Vaccination Hyderabad 1872-1889 - 1872-1889
Year: 1872
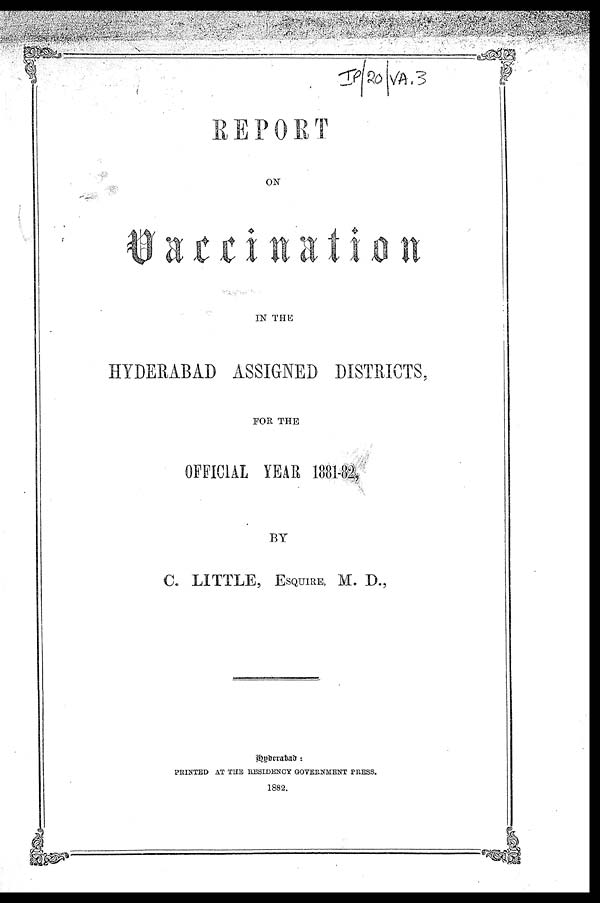
REPORT
ON
Vaccination
IN THE
HYDERABAD ASSIGNED DISTRICTS,
FOR THE
OFFICIAL YEAR 1881-82,
BY
C. LITTLE, ESQUIRE, M. D.,
Hyderabad :
PRINTED AT THE RESIDENCY GOVERNMENT PRESS.
1882.